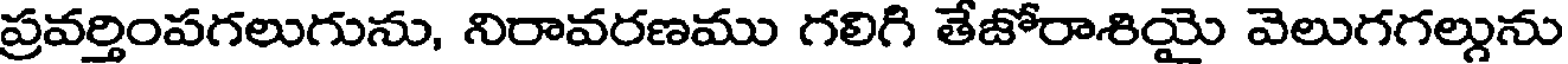
ప్రవర్తింపగలుగును, నిరావరణము గలిగి తేజోరాశియై వెలుగగల్గును